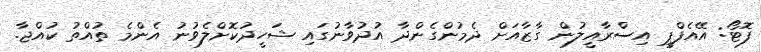
ފޮޓޯ: އޭއެފްޕީ އިސްރާއީލުން ގާޒާއަށް ދެމުންގެންދާ އުދުވާނުގައި ޝަހީދުކޮށްލެވުނު އެންމެ ތުއްތު ކުއްޖާ.